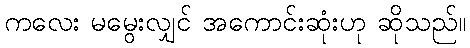
ကလေး မမွေးလျှင် အကောင်းဆုံးဟု ဆိုသည်။